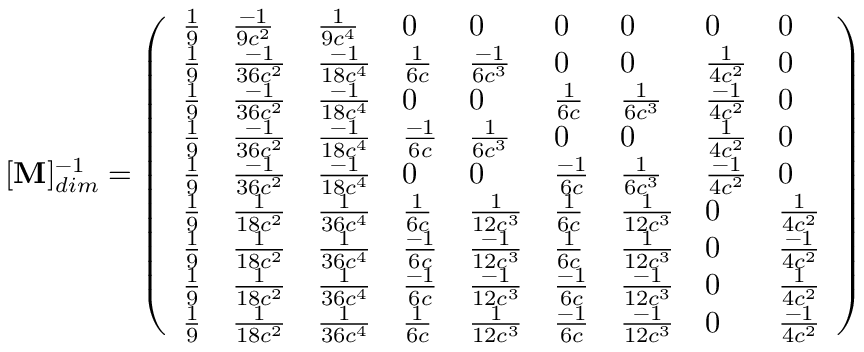
[ \mathbf { M } ] _ { d i m } ^ { - 1 } = \left( \begin{array} { l l l l l l l l l } { \frac { 1 } { 9 } } & { \frac { - 1 } { 9 c ^ { 2 } } } & { \frac { 1 } { 9 c ^ { 4 } } } & { 0 } & { 0 } & { 0 } & { 0 } & { 0 } & { 0 } \\ { \frac { 1 } { 9 } } & { \frac { - 1 } { 3 6 c ^ { 2 } } } & { \frac { - 1 } { 1 8 c ^ { 4 } } } & { \frac { 1 } { 6 c } } & { \frac { - 1 } { 6 c ^ { 3 } } } & { 0 } & { 0 } & { \frac { 1 } { 4 c ^ { 2 } } } & { 0 } \\ { \frac { 1 } { 9 } } & { \frac { - 1 } { 3 6 c ^ { 2 } } } & { \frac { - 1 } { 1 8 c ^ { 4 } } } & { 0 } & { 0 } & { \frac { 1 } { 6 c } } & { \frac { 1 } { 6 c ^ { 3 } } } & { \frac { - 1 } { 4 c ^ { 2 } } } & { 0 } \\ { \frac { 1 } { 9 } } & { \frac { - 1 } { 3 6 c ^ { 2 } } } & { \frac { - 1 } { 1 8 c ^ { 4 } } } & { \frac { - 1 } { 6 c } } & { \frac { 1 } { 6 c ^ { 3 } } } & { 0 } & { 0 } & { \frac { 1 } { 4 c ^ { 2 } } } & { 0 } \\ { \frac { 1 } { 9 } } & { \frac { - 1 } { 3 6 c ^ { 2 } } } & { \frac { - 1 } { 1 8 c ^ { 4 } } } & { 0 } & { 0 } & { \frac { - 1 } { 6 c } } & { \frac { 1 } { 6 c ^ { 3 } } } & { \frac { - 1 } { 4 c ^ { 2 } } } & { 0 } \\ { \frac { 1 } { 9 } } & { \frac { 1 } { 1 8 c ^ { 2 } } } & { \frac { 1 } { 3 6 c ^ { 4 } } } & { \frac { 1 } { 6 c } } & { \frac { 1 } { 1 2 c ^ { 3 } } } & { \frac { 1 } { 6 c } } & { \frac { 1 } { 1 2 c ^ { 3 } } } & { 0 } & { \frac { 1 } { 4 c ^ { 2 } } } \\ { \frac { 1 } { 9 } } & { \frac { 1 } { 1 8 c ^ { 2 } } } & { \frac { 1 } { 3 6 c ^ { 4 } } } & { \frac { - 1 } { 6 c } } & { \frac { - 1 } { 1 2 c ^ { 3 } } } & { \frac { 1 } { 6 c } } & { \frac { 1 } { 1 2 c ^ { 3 } } } & { 0 } & { \frac { - 1 } { 4 c ^ { 2 } } } \\ { \frac { 1 } { 9 } } & { \frac { 1 } { 1 8 c ^ { 2 } } } & { \frac { 1 } { 3 6 c ^ { 4 } } } & { \frac { - 1 } { 6 c } } & { \frac { - 1 } { 1 2 c ^ { 3 } } } & { \frac { - 1 } { 6 c } } & { \frac { - 1 } { 1 2 c ^ { 3 } } } & { 0 } & { \frac { 1 } { 4 c ^ { 2 } } } \\ { \frac { 1 } { 9 } } & { \frac { 1 } { 1 8 c ^ { 2 } } } & { \frac { 1 } { 3 6 c ^ { 4 } } } & { \frac { 1 } { 6 c } } & { \frac { 1 } { 1 2 c ^ { 3 } } } & { \frac { - 1 } { 6 c } } & { \frac { - 1 } { 1 2 c ^ { 3 } } } & { 0 } & { \frac { - 1 } { 4 c ^ { 2 } } } \end{array} \right)